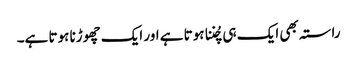
راستہ بھی ایک ہی چُننا ہوتا ہے اور ایک چھوڑنا ہوتا ہے۔